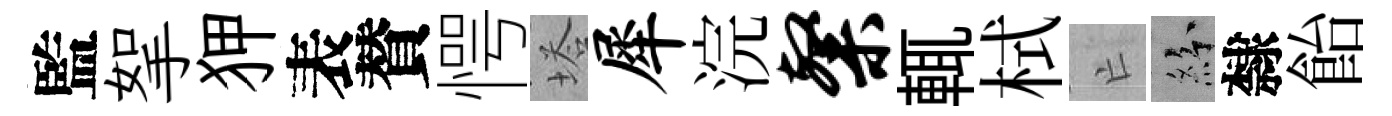
監挐狎表賛愕塔犀浣粲輒栻亡紛隸飴